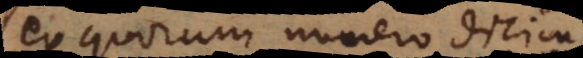
ex quorum numero dicimus